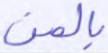
بالمن